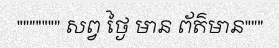
""""""" សព្វ ថ្ងៃ មាន ព័ត៌មាន"""